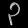
Digit: ၃